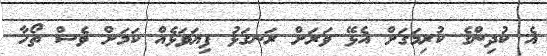
އެ ކުދިންގެ ކުރިމަގަށް އެޅޭ ވަރަށް ރަނގަޅު ފިޔަވަޅެއް ކަމަށް ވެސް ތޯހާ